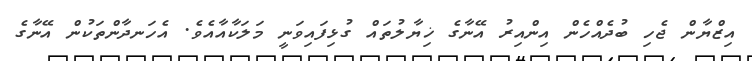
އިޒްޔާން ޖެހި ބުދެއްހެން އިންއިރު އޭނާގެ ޚިޔާލުތައް ގުޅިފައިވަނީ މަލަކާއާއެވެ. އެހަނދާންތަކުން އޭނާގެ